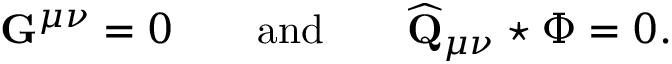
\mathbf { G } ^ { \mu \nu } = 0 \qquad \mathrm { a n d } \qquad \widehat { \mathbf { Q } } _ { \mu \nu } \star \Phi = 0 .